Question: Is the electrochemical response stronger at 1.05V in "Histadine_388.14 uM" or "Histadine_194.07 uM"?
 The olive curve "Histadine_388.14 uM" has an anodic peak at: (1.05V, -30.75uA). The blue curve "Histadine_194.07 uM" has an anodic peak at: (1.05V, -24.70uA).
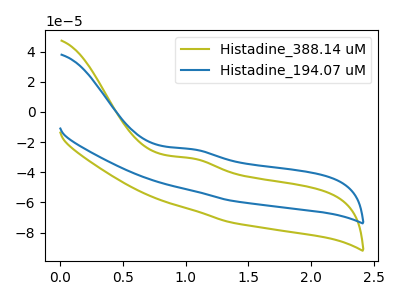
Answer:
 <answer>The peak at 1.05V is lower in "Histadine_388.14 uM" than in "Histadine_194.07 uM".</answer>
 <eval>lower</eval>